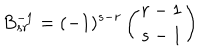
B _ { s r } ^ { - 1 } = ( - 1 ) ^ { s - r } \left( r - 1 \atop { s - 1 } \right)